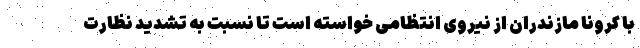
با کرونا مازندران از نیروی انتظامی خواسته است تا نسبت به تشدید نظارت